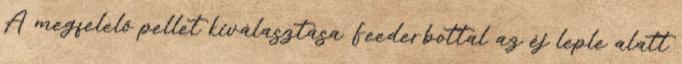
A megfelelő pellet kiválasztása Feederbottal az éj leple alatt